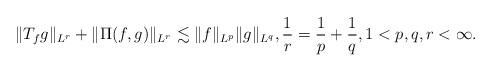
LaTeX: \begin{align*}\| T_f g\|_{L^r} + \| \Pi(f,g)\|_{L^r} \lesssim \|f\|_{L^p} \|g\|_{L^q}, \frac{1}r = \frac{1}{p} +\frac{1}{q}, 1 < p,q,r < \infty.\end{align*}